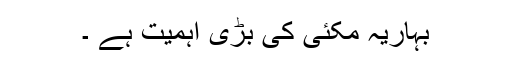
بہاریہ مکئی کی بڑی اہمیت ہے ۔